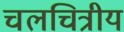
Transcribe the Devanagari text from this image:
चलचित्रीय